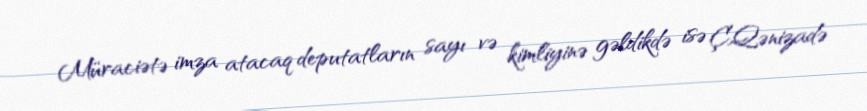
Müraciətə imza atacaq deputatların sayı və kimliyinə gəldikdə isə Ç.Qənizadə